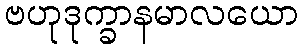
ဗဟုဒုက္ခာနမာလယော